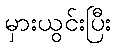
မှားယွင်းပြီး